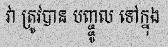
វា ត្រូវបាន បញ្ច្ចូល ទៅក្នុង